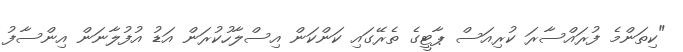
"ކިތަންމެ ފުރައްސާރަ ކުރިއަަސް ޕާޓީގެ ތެރޭގައި ކަންކަން އިސްލާހުކުރަން އަޑު އުފުލާނަން އިންސާފު